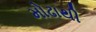
મોઢાથી